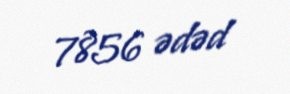
7856 ədəd